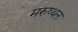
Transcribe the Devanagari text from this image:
मरुष्थल